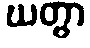
ဃတွာ